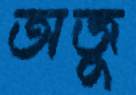
অজু